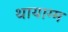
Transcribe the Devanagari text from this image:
थायाग्म